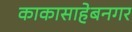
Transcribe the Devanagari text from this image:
काकासाहेबनगर